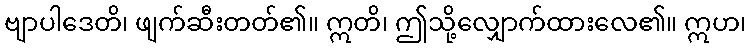
ဗျာပါဒေတိ၊ ဖျက်ဆီးတတ်၏။ ဣတိ၊ ဤသို့လျှောက်ထားလေ၏။ ဣဟ၊